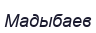
Мадыбаев